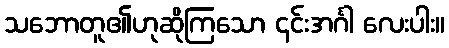
သဘောတူ၏ဟုဆိုကြသော ၎င်းအင်္ဂါ လေးပါး။